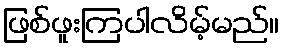
ဖြစ်ဖူးကြပါလိမ့်မည်။